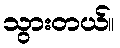
သွားတယ်။